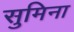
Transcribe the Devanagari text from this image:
सुमिना